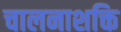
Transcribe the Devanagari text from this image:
चालनाशक्ति